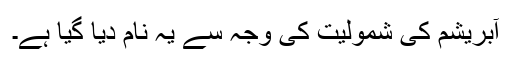
آبریشم کی شمولیت کی وجہ سے یہ نام دیا گیا ہے۔